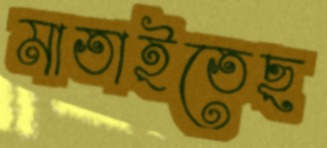
মাতাইতেছ